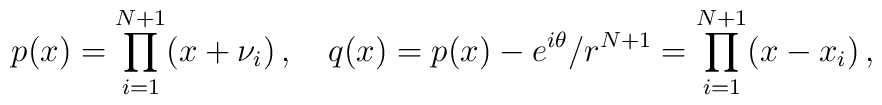
p(x) = \prod_{i=1}^{N+1} (x+\nu_{i})\, ,\quad q(x) = p(x) - e^{i\theta}/r^{N+1} = \prod_{i=1}^{N+1}(x-x_{i})\, ,